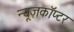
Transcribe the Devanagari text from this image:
न्यूज़कॉप्टर